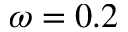
\omega = 0 . 2